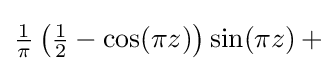
{\tfrac {1}{\pi }}\left({\tfrac {1}{2}}-\cos(\pi z)\right)\sin(\pi z)\,+